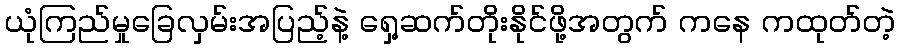
ယုံကြည်မှုခြေလှမ်းအပြည့်နဲ့ ရှေ့ဆက်တိုးနိုင်ဖို့အတွက် ကနေ ကထုတ်တဲ့